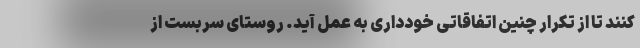
کنند تا از تکرار چنین اتفاقاتی خودداری به عمل آید. روستای سربست از